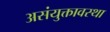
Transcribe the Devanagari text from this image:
असंयुक्तावस्था